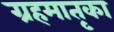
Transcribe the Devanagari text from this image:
ग्रहमातृका